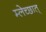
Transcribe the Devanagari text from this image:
म्लेच्छात्